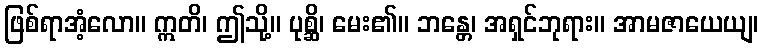
ဖြစ်ရာအံ့လော။ ဣတိ၊ ဤသို့။ ပုစ္ဆိ၊ မေး၏။ ဘန္တေ၊ အရှင်ဘုရား။ အာမဇာယေယျ၊